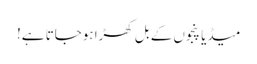
میڈیا پنجوں کے بل کھڑا ہوجاتا ہے!